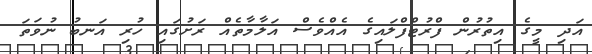
އަދި މީގެ އިތުރުން ފްރުޓްފްލައިގެ އެއްވެސް އަލާމާތެއް ރަށުގައި ހުރި އަނބު ނުވަތަ